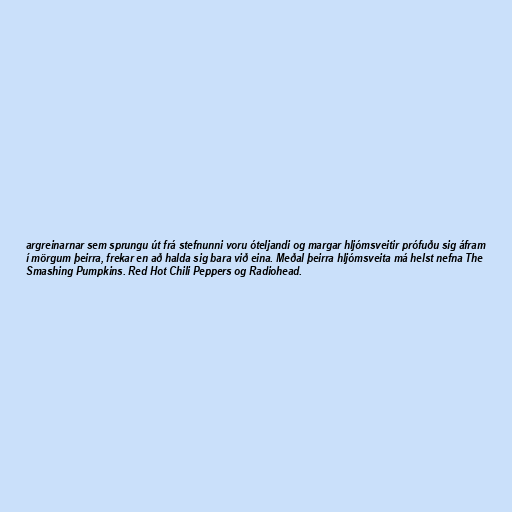
argreinarnar sem sprungu út frá stefnunni voru óteljandi og margar hljómsveitir prófuðu sig áfram
í mörgum þeirra, frekar en að halda sig bara við eina. Meðal þeirra hljómsveita má helst nefna The
Smashing Pumpkins. Red Hot Chili Peppers og Radiohead.